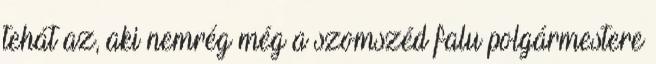
tehát az, aki nemrég még a szomszéd falu polgármestere